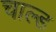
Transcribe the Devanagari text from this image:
चाल्ड